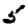
Digit: 5